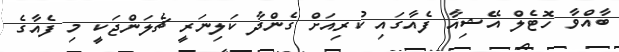
ބާއްވާ ހޮޓެލް އޭޝިއާ ފެއާގައި ކުރިއަށް ގެންދާ ކަލިނަރީ ޗެލަންޖަކީ މި ފެއާގެ